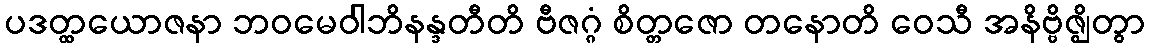
ပဒတ္ထယောဇနာ ဘဝမေဝါဘိနန္ဒတီတိ ဗီဇဂ္ဂံ စိတ္တဇော တနောတိ ဝေသီ အနိဗ္ဗိဇ္ဈိတွာ